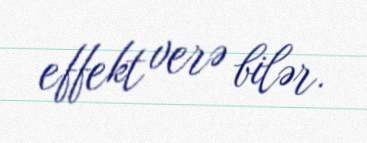
effekt verə bilər.